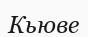
Кьюве